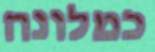
כמלונה